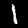
Digit: 1